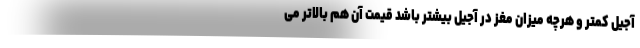
آجیل کمتر و هرچه میزان مغز در آجیل بیشتر باشد قیمت آن هم بالاتر می